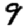
Digit: 9